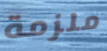
ملزمة